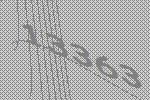
13363